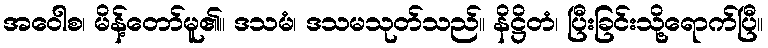
အဝေါစ၊ မိန့်တော်မူ၏။ ဒသမံ၊ ဒသမသုတ်သည်။ နိဋ္ဌိတံ၊ ပြီးခြင်းသို့ရောက်ပြီ။